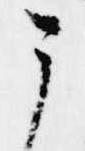
う